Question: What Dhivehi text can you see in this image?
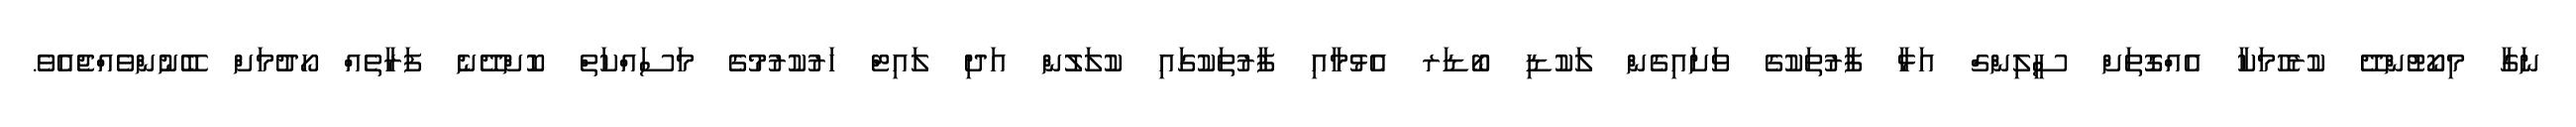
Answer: ނަގާ މިކޯޓުންދޭ ކުރެހުމަކާ އެއްގޮތަށް ސީލިންގް އަޅާ ފާރުތަކުގެ ވަށައިގެން ލަކުޑި ބޯޑަރ އެޅުމާއި ފާރުތަކުގައި ކުލަލުން އަދި ލައިޓް ހަރުކުރުމުގެ މަސައްކަތް ކޮށްދޭނެ ފަރާތެއް ހޯދުމަށް ބޭނުންވެއްޖެއެވެ.